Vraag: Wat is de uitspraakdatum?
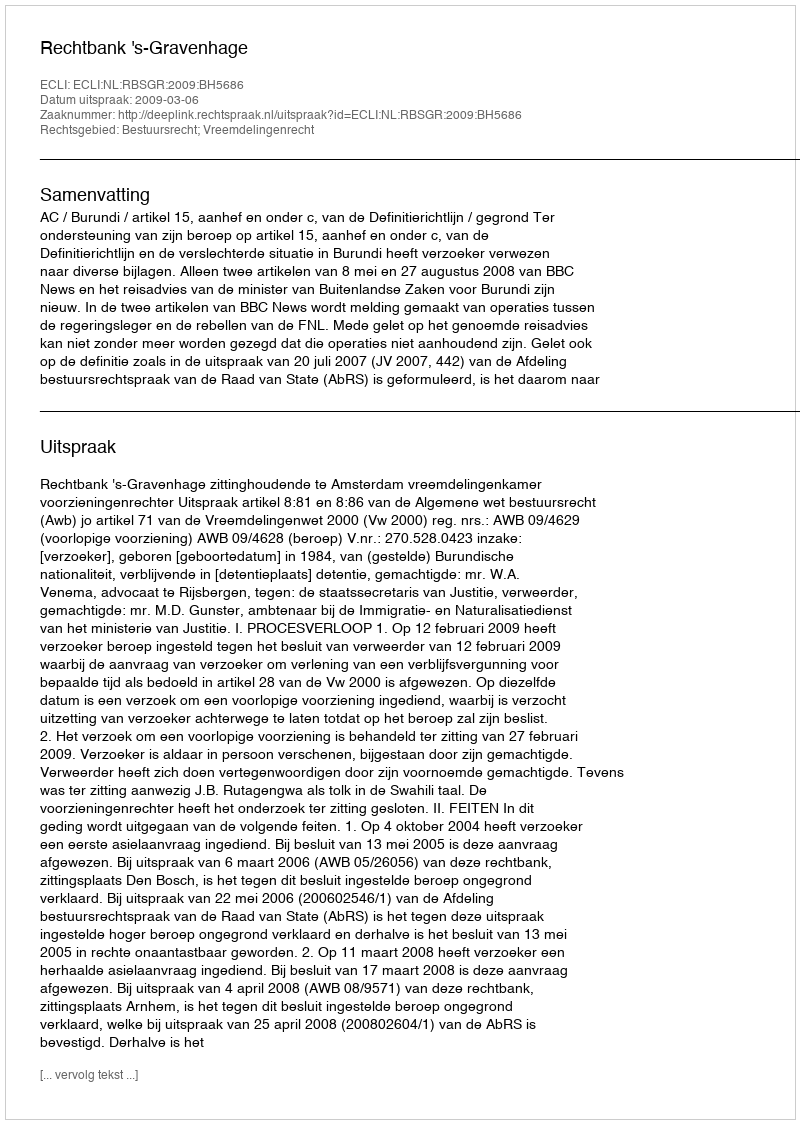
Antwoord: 2009-03-06